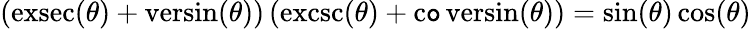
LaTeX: (\operatorname{exsec}(\theta)+\operatorname{versin}(\theta))\, (\operatorname{excsc}(\theta)+\operatorname{c\mathtt{o}versin}(\theta))=\sin(\theta)\cos(\theta)